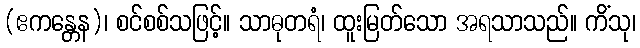
(ဧကန္တေန)၊ စင်စစ်သဖြင့်။ သာဓုတရံ၊ ထူးမြတ်သော အရသာသည်။ ကိံသု၊